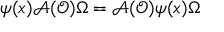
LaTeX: \psi ( x ) \mathcal { A } ( \mathcal { O } ) \Omega = \mathcal { A } ( \mathcal { O } ) \psi ( x ) \Omega